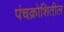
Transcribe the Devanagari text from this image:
पंचक्रोशितील